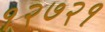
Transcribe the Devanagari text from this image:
१२७२१